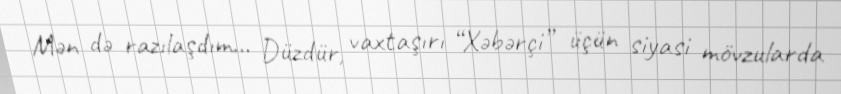
Mən də razılaşdım... Düzdür, vaxtaşırı “Xəbərçi” üçün siyasi mövzularda